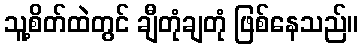
သူ့စိတ်ထဲတွင် ချီတုံချတုံ ဖြစ်နေသည်။